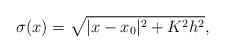
LaTeX: \begin{align*}\sigma(x) = \sqrt{|x-x_0|^2+K^2h^2},\end{align*}